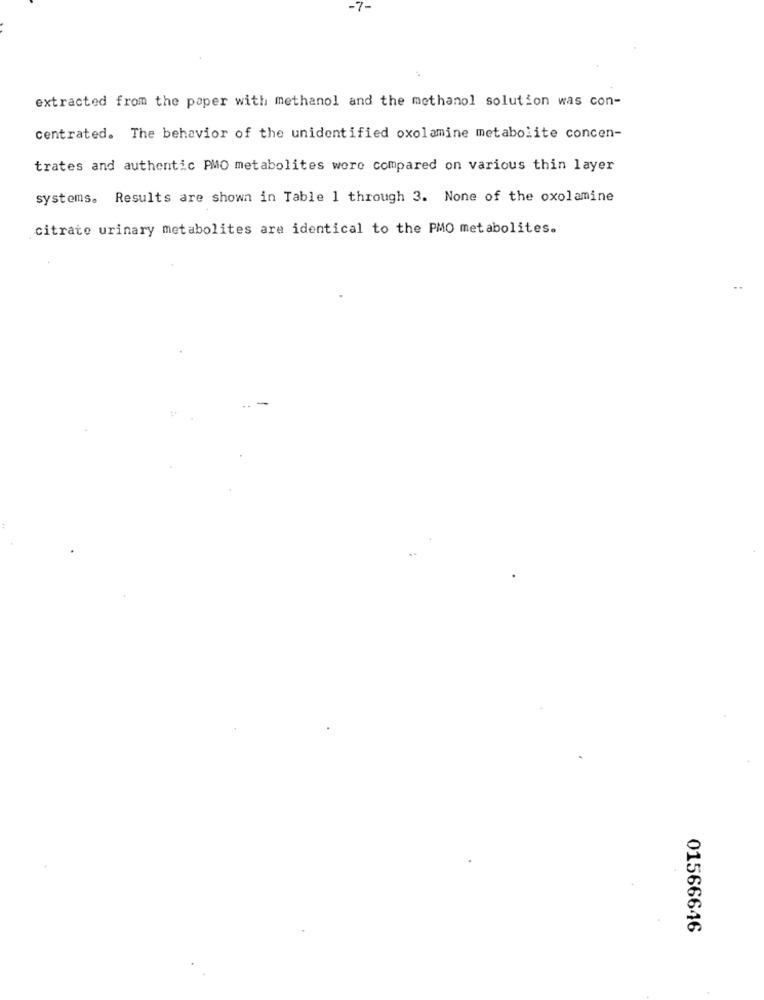
-7-
extracted from the paper with methanol and the methanol solution was con-
centrated. The behavior of the unidentified oxolamine metabolite concen-
trates and authentic PMO metabolites were compared on various thin layer
systems. Results are shown in Table 1 through 3. None of the oxolamine
citrate urinary metabolites are identical to the PMO metabolites.
01566646